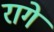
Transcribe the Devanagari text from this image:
रागे